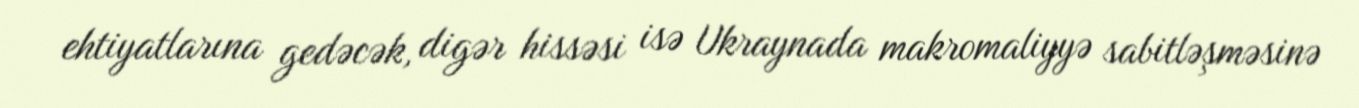
ehtiyatlarına gedəcək, digər hissəsi isə Ukraynada makromaliyyə sabitləşməsinə